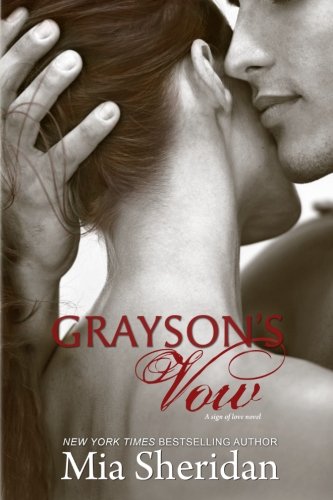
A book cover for Grayson's Vow; Mia Sheridan; Romance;